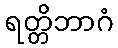
ရတ္တိဘာဂံ